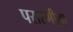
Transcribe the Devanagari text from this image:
पसरणीला